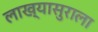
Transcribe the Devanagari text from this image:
लाख्यासुराला